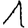
Digit: 1